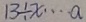
1 3 \div x \cdots a